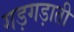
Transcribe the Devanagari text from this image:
गड़गड़ाती